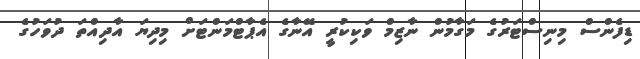
ޑިފެންސް މިނިސްޓަރުގެ މަގާމުން ނާޒިމް ވަކިކުރީ އޭނާގެ އެޕާޓްމަންޓަށް މިދިޔަ އާދިއްތަ ދުވަހުގެ